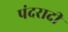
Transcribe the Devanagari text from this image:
पंदरादी